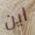
اين